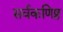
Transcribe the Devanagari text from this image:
सर्वकणिष्ठ